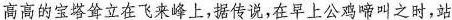
高高的宝塔耸立在飞来峰上，据传说，在早上公鸡啼叫之时，站